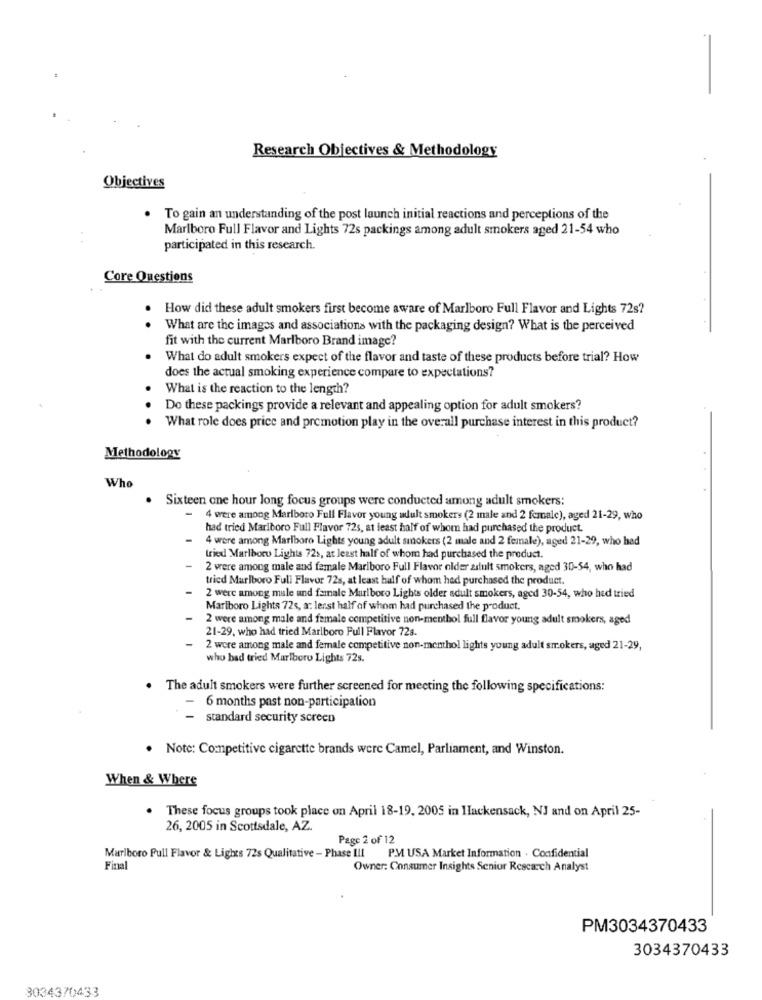
Research Objectives & Methodology
Objectives
. To gain an understanding of the post launch initial reactions and perceptions of the
Marlboro Full Flavor and Lights 72s packings among adult smokers aged 21-54 who
participated in this research.
Core Questions
How did these adult smokers first become aware of Marlboro Full Flavor and Lights 72s?
..
What are the images and associations with the packaging design? What is the perceived
fit with the current Marlboro Brand image?
What do adult smokers expect of the flavor and taste of these products before trial? How
does the actual smoking experience compare to expectations?
What is the reaction to the length?
Do these packings provide a relevant and appealing option for adult smokers?
What role does price and promotion play in the overall purchase interest in this product?
Methodology
Who
. Sixteen one hour long focus groups were conducted among adult smokers:
-
4 were among Marlboro Full Flavor young adult smokers (2 male and 2 female), aged 21-29, who
had tried Marlboro Full Flavor 72s, at least half of whom had purchased the product.
4 were among Marlboro Lights young adult smokers (2 male and 2 female), aged 21-29, who had
tried Marlboro Lights 72s, at least half of whom had purchased the product.
2 were among male and female Marlboro Full Flavor older adult smokers, aged 30-54, who had
tried Marlboro Full Flavor 72s, at least half of whom had purchased the product.
2 were among male and female Marlboro Lights older adult smokers, aged 30-54, who had tried
Marlboro Lights 72s, a: lesst half of whom had purchased the product.
2 were among male and female competitive non-menthol full flavor young adult smokers, aged
21-29, who had tried Marlboro Full Flavor 72s.
2 were among male and female competitive non-memhol lights young adult smokers, aged 21-29,
who had tried Marlboro Lights 72s.
. The adult smokers were further screened for meeting the following specifications:
- 6 months past non-participation
-
standard security screen
. Note: Competitive cigarette brands were Camel, Parliament, and Winston.
When & Where
. These focus groups took place on April 18-19, 2005 in Hackensack, NJ and on April 25-
26, 2005 in Scottsdale, AZ.
Page 2 of 12
Marlboro Pull Flavor & Lights 72s Qualitative - Phase III PM USA Market Information . Confidential
Final
Owner: Consumer Insights Senior Research Analyst
PM3034370433
3034370433
3034370433